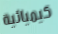
كيميائية